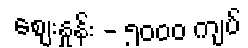
စျေးနှုန်း - ၅၀၀၀ ကျပ်